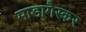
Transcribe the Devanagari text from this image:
माडागैस्कर